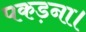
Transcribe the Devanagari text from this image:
पकड़ना।